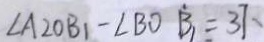
\angle A _ { 2 } O B _ { 1 } - \angle B O \dot { B } _ { 1 } = 3 7 .